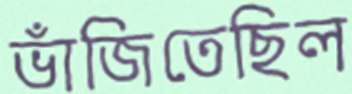
ভাঁজিতেছিল